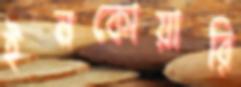
ইনকোয়ারি